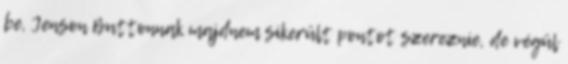
be, Jenson Buttonnak majdnem sikerült pontot szereznie, de végül